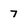
Character: 7